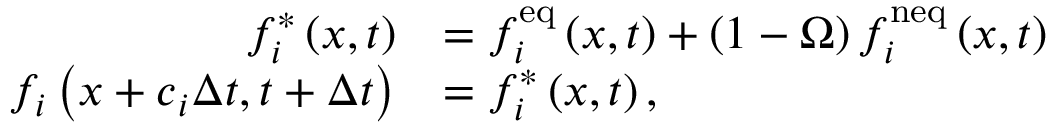
\begin{array} { r l } { f _ { i } ^ { * } \left( \boldsymbol { x } , t \right) } & { = f _ { i } ^ { \mathrm { e q } } \left( \boldsymbol { x } , t \right) + \left( 1 - \Omega \right) f _ { i } ^ { \mathrm { n e q } } \left( \boldsymbol { x } , t \right) } \\ { f _ { i } \left( \boldsymbol { x } + \boldsymbol { c } _ { i } \Delta t , t + \Delta t \right) } & { = f _ { i } ^ { * } \left( \boldsymbol { x } , t \right) , } \end{array}